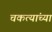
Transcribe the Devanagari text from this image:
चकत्यांच्या